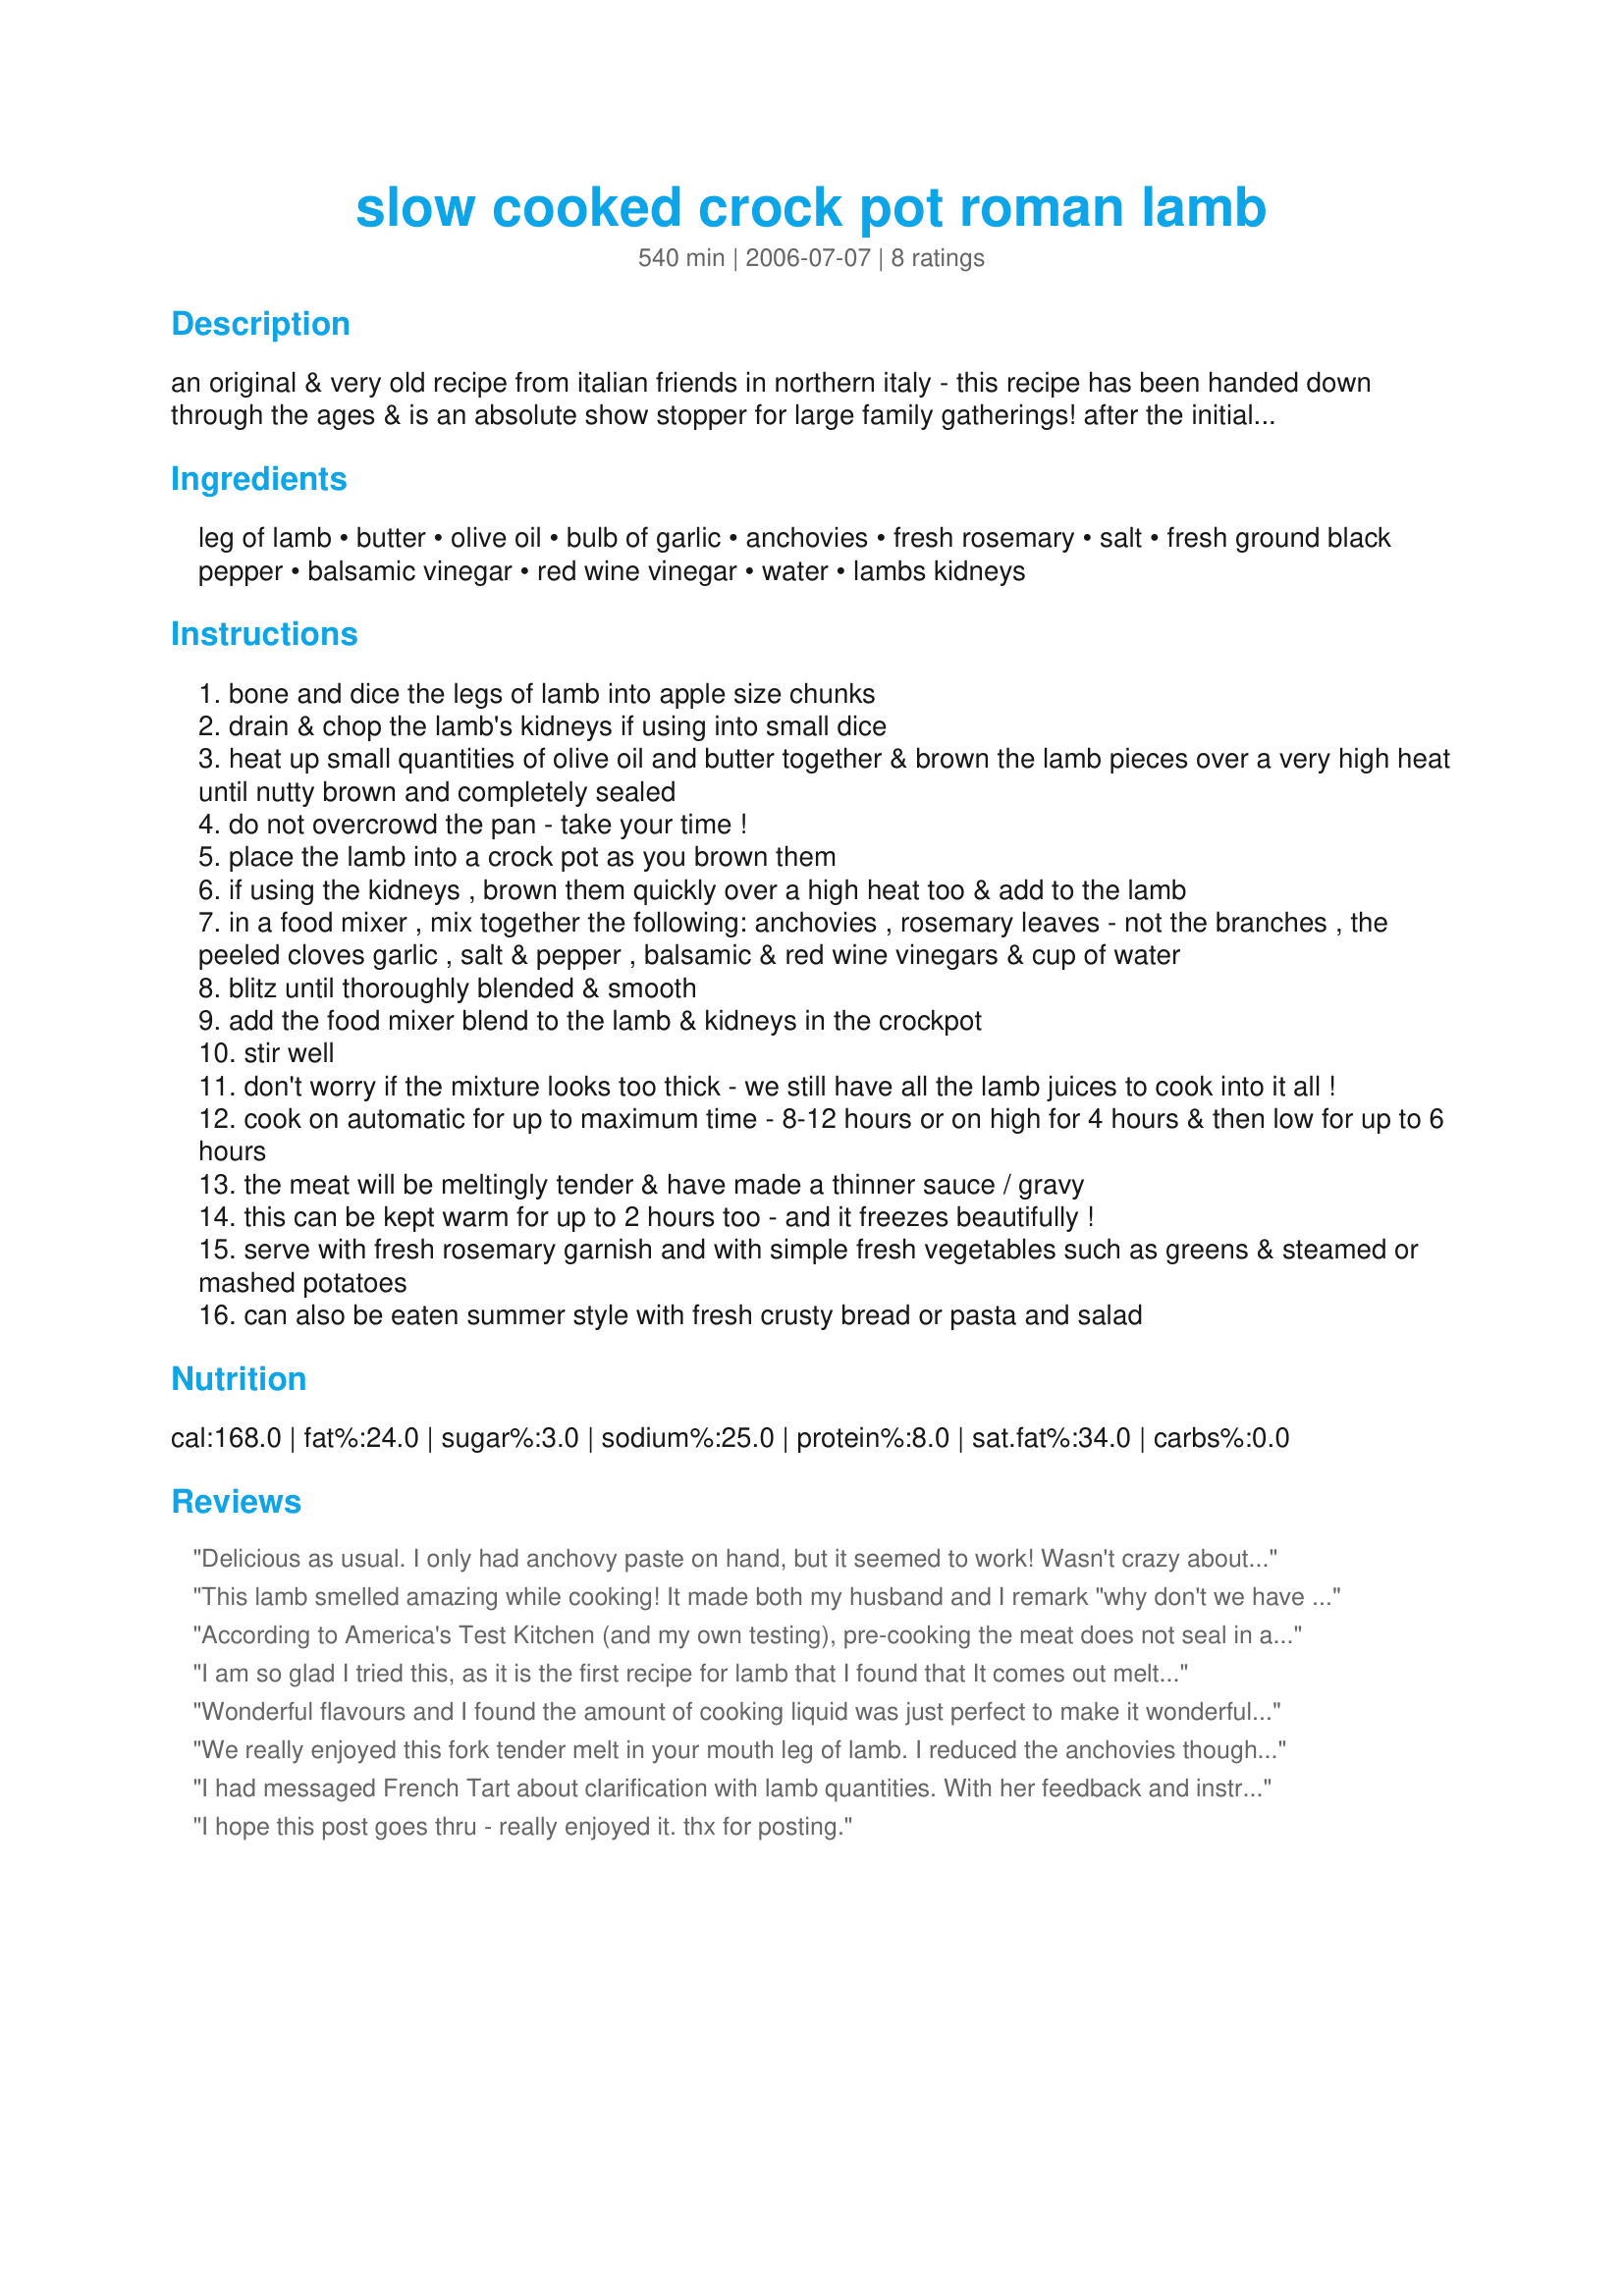
slow cooked crock pot roman lamb
Preparation time: 540 minutes

an original & very old recipe from italian friends in northern italy - this recipe has been handed down through the ages & is an absolute show stopper for large family gatherings! after the initial browning of the meat, it cooks beautifully in a slow cooker or crock pot, slowly fragrancing the kitchen with a mouthwatering aroma! i have given the quantities that were originally given to me - that is large, up to 14 hungry people! the recipe can be halved for a smaller gathering however. the legs of lamb i used were about 2 kilos each, that's about 4 1/2 lbs.if you are unsure about boning a leg of lamb yourself, ask your butcher to do it for you or use ready boned & diced mixed lamb meat. roman lamb is best served with plain steamed potatoes to mop all those yummy juices up with & some fresh green beans. it is also brilliant as a pie filling afterwards - that's if you have any left!

Ingredients:
leg of lamb, butter, olive oil, bulb of garlic, anchovies, fresh rosemary, salt, fresh ground black pepper, balsamic vinegar, red wine vinegar, water, lambs kidneys

Steps:
bone and dice the legs of lamb into apple size chunks
drain & chop the lamb's kidneys if using into small dice
heat up small quantities of olive oil and butter together & brown the lamb pieces over a very high heat until nutty brown and completely sealed
do not overcrowd the pan - take your time !
place the lamb into a crock pot as you brown them
if using the kidneys , brown them quickly over a high heat too & add to the lamb
in a food mixer , mix together the following: anchovies , rosemary leaves - not the branches , the peeled cloves garlic , salt & pepper , balsamic & red wine vinegars & cup of water
blitz until thoroughly blended & smooth
add the food mixer blend to the lamb & kidneys in the crockpot
stir well
don't worry if the mixture looks too thick - we still have all the lamb juices to cook into it all !
cook on automatic for up to maximum time - 8-12 hours or on high for 4 hours & then low for up to 6 hours
the meat will be meltingly tender & have made a thinner sauce / gravy
this can be kept warm for up to 2 hours too - and it freezes beautifully !
serve with fresh rosemary garnish and with simple fresh vegetables such as greens & steamed or mashed potatoes
can also be eaten summer style with fresh crusty bread or pasta and salad

Reviews:
Delicious as usual. I only had anchovy paste on hand, but it seemed to work! Wasn't crazy about the smell while it was cooking, but it tasted so good. DH has already requested this dish for our next dinner party.
This lamb smelled amazing while cooking! It made both my husband and I remark "why don't we have lamb more often??" The answer to that question is the cost - I could only get lamb stew meat at my local market and it was almost $10/lb. But it was worth it as this dish was delicous! I halved the recipe as it was only two of us. I am making shepherd's pie with the leftovers tonight! Based on other reviews I used only most of a 2 oz can of anchovies but I will use all two oz next time. Halved everything else. I served with steamed potatoes, green beans, salad and a crusty loaf. Thanks French Tart! I can't wait to serve this dish to guests!
According to America's Test Kitchen (and my own testing), pre-cooking the meat does not seal in any juices...so I skipped that step and simply threw it all in a slow cooker. I made a half sized recipe, and as noted by many I reduced the anchovies to 1oz. This is probably the best lamb I have ever had. Thanks for sharing!
I am so glad I tried this, as it is the first recipe for lamb that I found that It comes out meltingly, mouthwateringly tender...The only reason It did not get 5 stars is that the anchovies seemed to overwelm the lamb. (I halved the recipie and only put in a 2ounce can, but it was still very overwelming, and I love anchovies!!)..Next time, and there will DEFINATLY be a next time, I will probably omit the anchovies and add a sliced up lemon instead....Thanks for a whole new way to cook lamb...
Wonderful flavours and I found the amount of cooking liquid was just perfect to make it wonderfully moist and tender while keeping the lamb pieces together. I halved the recipe and also thought the amount of anchovies might have been a bit much, so used a quarter the quantity of those and thought it was spot on.
We really enjoyed this fork tender melt in your mouth leg of lamb. I reduced the anchovies though because hubby is not fond of it. Will try it with the kidney sometime. Thanks for a great recipe.
I had messaged French Tart about clarification with lamb quantities. With her feedback and instructions my SO and I proceeded to make this! We used 3 lbs of lamb, from the leg, cut into approximately 3 inch chunks. Kept the ratios of everything else the same and didn&#039;t change anything else. &lt;br/&gt;&lt;br/&gt;This smelled wonderful cooking over night. The most &quot;difficult&quot; part is searing the lamb bits in the pan as it is a bit time consuming. I think you could skip this step but it adds a little bit of texture and flavor if you do the searing. This is an intensely flavored meal, with tender, falling apart lamb. This is perfect served over plain white rice and with a crisp side salad. I am echoing other reviews and think the anchovies (although I LOVE anchovies) could be scaled back a teeny bit. Regardless, this recipe is a keeper.
I hope this post goes thru - really enjoyed it. thx for posting.
